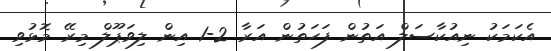
އެކަމަކު ނިއުކާސަލް އަތުން ފަހަތުން އަރާ 2-1 އިން ލިވަޕޫލް މިރޭ މޮޅުވި